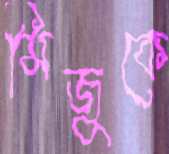
মিজুকে